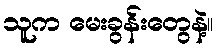
သူက မေးခွန်းတွေနဲ့။